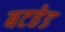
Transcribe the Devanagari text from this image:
बटहेड